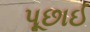
પૂછાઈ